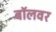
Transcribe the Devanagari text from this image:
बॉलवर